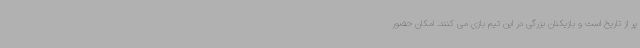
پر از تاریخ است و بازیکنان بزرگی در این تیم بازی می کنند. امکان حضور